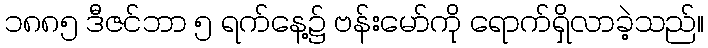
၁၈၈၅ ဒီဇင်ဘာ ၅ ရက်နေ့၌ ဗန်းမော်ကို ရောက်ရှိလာခဲ့သည်။